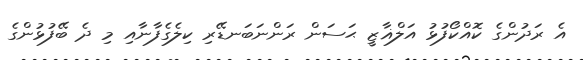
އެ ރަދުންގެ ކޮއްކޯފުޅު އަލްޣާޒީ ޙަސަން ރަންނަބަނޑޭރި ކިލެގެފާނާއި މި ދެ ބޭފުޅުންގެ